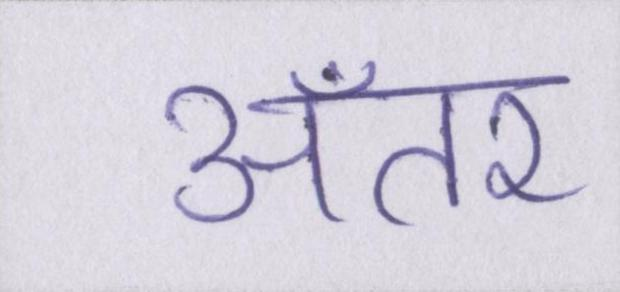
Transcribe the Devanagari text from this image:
अँतर